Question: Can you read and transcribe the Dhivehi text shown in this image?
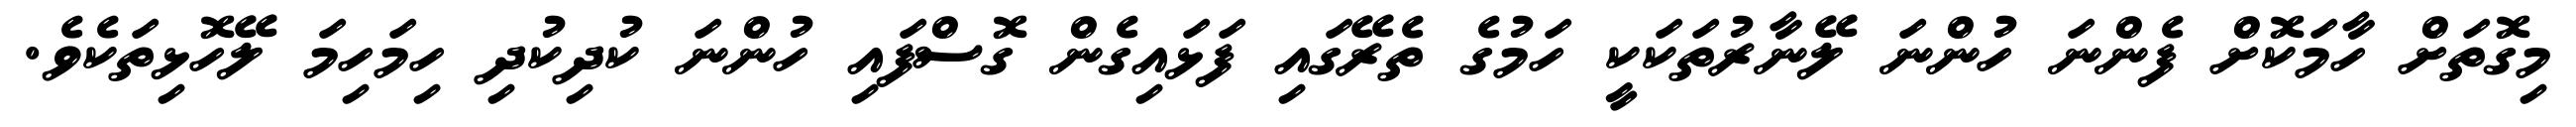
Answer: މިގޮތަށް ހާމަކޮށް ފެންނަ ހުންނަ ލޭނާރުތަކަކީ ހަމުގެ ތެރޭގައި ފަޅައިގެން ގޮސްފައި ހުންނަ ކުދިކުދި ހިމަހިމަ ލޭހޮޅިތަކެވެ.